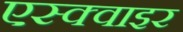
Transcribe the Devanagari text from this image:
एस्क्वाइर